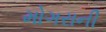
મોગરાની